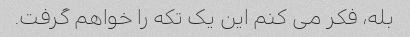
بله، فکر می کنم این یک تکه را خواهم گرفت.